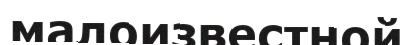
малоизвестной